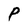
Character: P